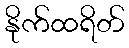
နိုက်ထရိတ်